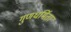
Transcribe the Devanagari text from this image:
गुणधर्मिता